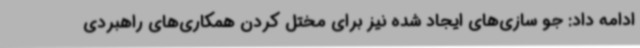
ادامه داد: جو سازی‌های ایجاد شده نیز برای مختل کردن همکاری‌های راهبردی